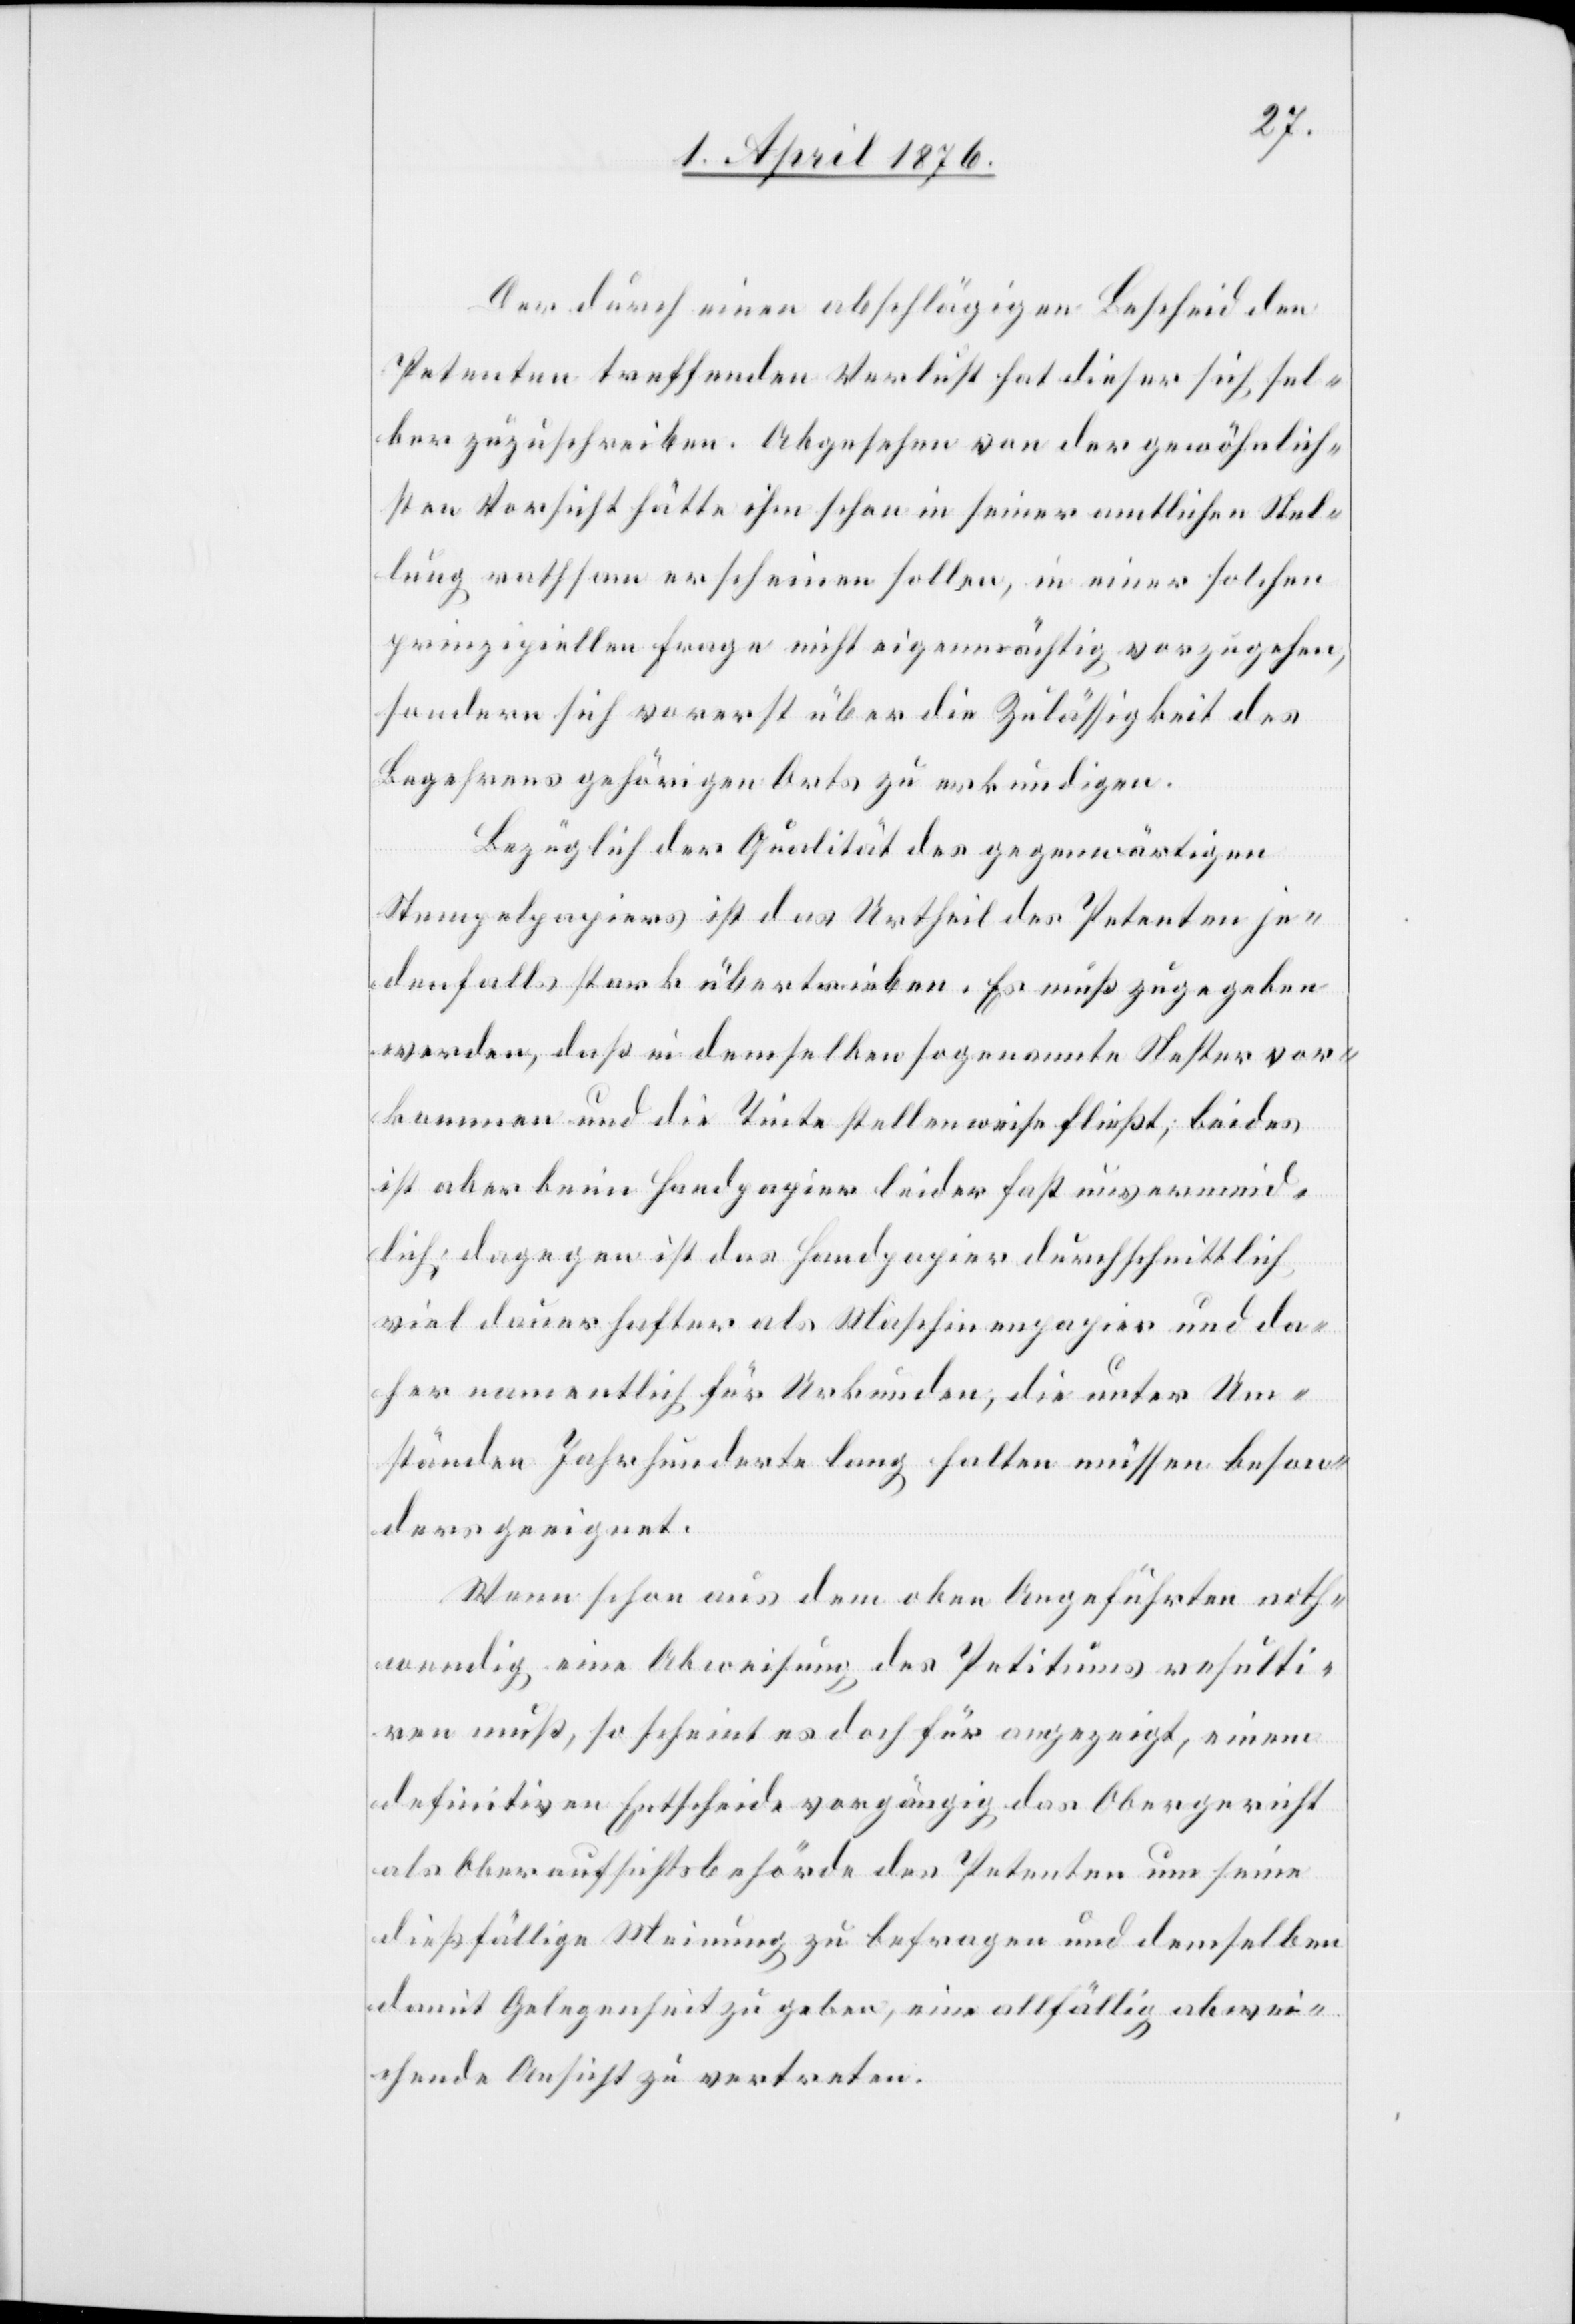
Der durch einen abschlägigen Bescheid den
Petenten treffenden Verlust hat dieser sich sel¬
ber zuzuschreiben. Abgesehen von der gewöhnlich¬
sten Vorsicht hätte ihm schon in seiner amtlichen Stel¬
lung rathsam erscheinen sollen, in einer solchen
prinzipiellen Frage nicht eigenmächtig vorzugehen,
sondern sich vorerst über die Zulässigkeit des
Begehrens gehörigen Orts zu erkundigen.
Bezüglich der Qualität des gegenwärtigen
Stempelpapiers ist das Urtheil des Petenten je¬
denfalls stark übertrieben. Es muß zugegeben
werden, daß in dem selben sogenannte Nester vor¬
kommen und die Tinte stellenweise fließt; beides
ist aber beim Handpapier leider fast unvermeid¬
lich; dagegen ist das Handpapier durchschnittlich
viel dauerhafter als Maschinenpapier und da¬
her namentlich für Urkunden, die unter Um¬
ständen Jahrhunderte lang halten müssen beson¬
ders geeignet.
Wenn schon aus dem oben Angeführten noth¬
wendig eine Abweisung des Petitums resulti¬
ren muß, so scheint es doch für angezeigt, einem
definitiven Entscheide vorgängig das Obergericht
als Oberaufsichtsbehörde des Petenten um seine
dießfällige Meinung zu befragen und demselben
damit Gelegenheit zu geben, eine allfällig abwei¬
chende Ansicht zu vertreten.